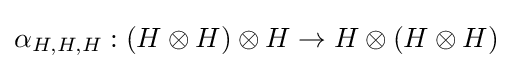
\alpha _{H,H,H}:(H\otimes H)\otimes H\to H\otimes (H\otimes H)